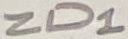
Text: ZD1